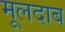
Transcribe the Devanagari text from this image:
मूलदाब